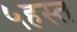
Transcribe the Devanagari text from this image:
५हस्त